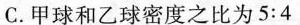
C. 甲球和乙球密度之比为5:4